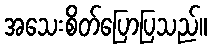
အသေးစိတ်ပြောပြသည်။